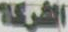
الشركة